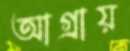
আগ্রায়